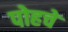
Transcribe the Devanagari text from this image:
पोहचे